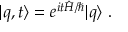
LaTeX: | q , t \rangle = e ^ { i t \hat { H } / \hbar } | q \rangle \ .